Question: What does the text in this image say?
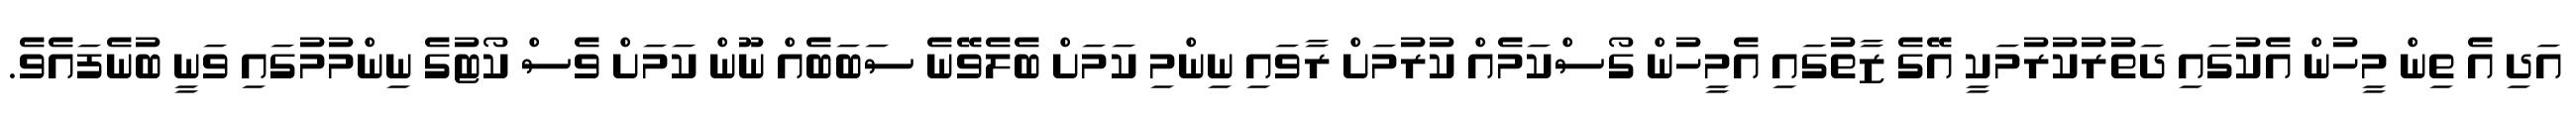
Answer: އަދި އެ ތިން މީހުން އެކުގައި ދަތުރުކުރުމަކީ އޭގެ ޒާތުގައި އެމީހުން ގޯސްކަމެއް ކުރުމަށް ރާވައި ނިންމި ކަމަށް ބެލެވޭނެ ސަބަބެއް ނޫން ކަމަށް ވެސް ކޯޓުގެ ނިންމުމުގައި ވަނީ ބުނެފައެވެ.